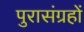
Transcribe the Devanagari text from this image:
पुरासंग्रहों